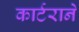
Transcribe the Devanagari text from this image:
कार्टराने